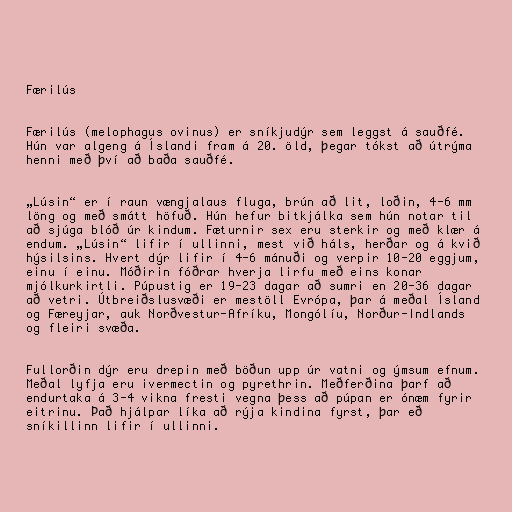
Færilús

Færilús (melophagus ovinus) er sníkjudýr sem leggst á sauðfé.
Hún var algeng á Íslandi fram á 20. öld, þegar tókst að útrýma
henni með því að baða sauðfé.

„Lúsin“ er í raun vængjalaus fluga, brún að lit, loðin, 4-6 mm
löng og með smátt höfuð. Hún hefur bitkjálka sem hún notar til
að sjúga blóð úr kindum. Fæturnir sex eru sterkir og með klær á
endum. „Lúsin“ lifir í ullinni, mest við háls, herðar og á kvið
hýsilsins. Hvert dýr lifir í 4-6 mánuði og verpir 10-20 eggjum,
einu í einu. Móðirin fóðrar hverja lirfu með eins konar
mjólkurkirtli. Púpustig er 19-23 dagar að sumri en 20-36 dagar
að vetri. Útbreiðslusvæði er mestöll Evrópa, þar á meðal Ísland
og Færeyjar, auk Norðvestur-Afríku, Mongólíu, Norður-Indlands
og fleiri svæða.

Fullorðin dýr eru drepin með böðun upp úr vatni og ýmsum efnum.
Meðal lyfja eru ivermectin og pyrethrin. Meðferðina þarf að
endurtaka á 3-4 vikna fresti vegna þess að púpan er ónæm fyrir
eitrinu. Það hjálpar líka að rýja kindina fyrst, þar eð
sníkillinn lifir í ullinni.